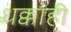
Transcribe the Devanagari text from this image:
धक्काही